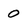
Character: O